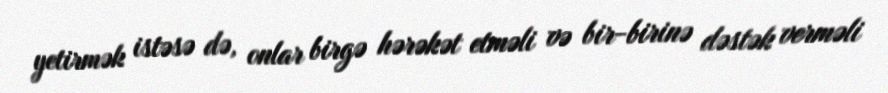
yetirmək istəsə də, onlar birgə hərəkət etməli və bir-birinə dəstək verməli